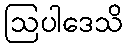
ဩပါဒေသိ